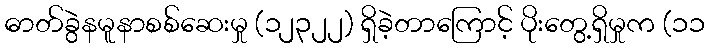
ဓာတ်ခွဲနမူနာစစ်ဆေးမှု (၁၂၃၂၂) ရှိခဲ့တာကြောင့် ပိုးတွေ့ရှိမှုက (၁၁